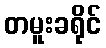
တမူးခရိုင်